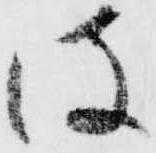
彼